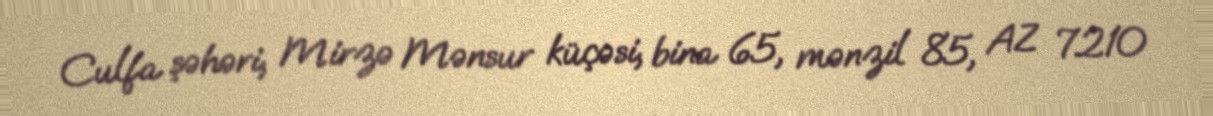
Culfa şəhəri, Mirzə Mənsur küçəsi, bina 65, mənzil 85, AZ 7210